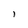
Character: l